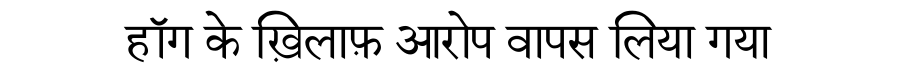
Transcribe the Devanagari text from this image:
हॉग के ख़िलाफ़ आरोप वापस लिया गया